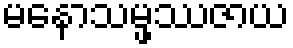
မနောသမ္ဖဿဇာယ